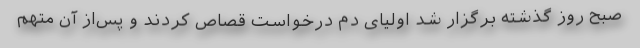
صبح روز گذشته برگزار شد اولیای دم درخواست قصاص کردند و پس‌از آن متهم